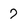
Character: 7